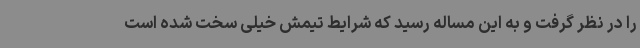
را در نظر گرفت و به این مساله رسید که شرایط تیمش خیلی سخت شده است